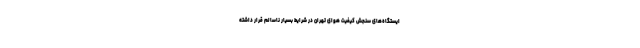
ایستگاه‌های سنجش کیفیت هوای تهران در شرایط بسیار ناسالم قرار داشته